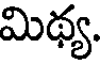
మిథ్య.